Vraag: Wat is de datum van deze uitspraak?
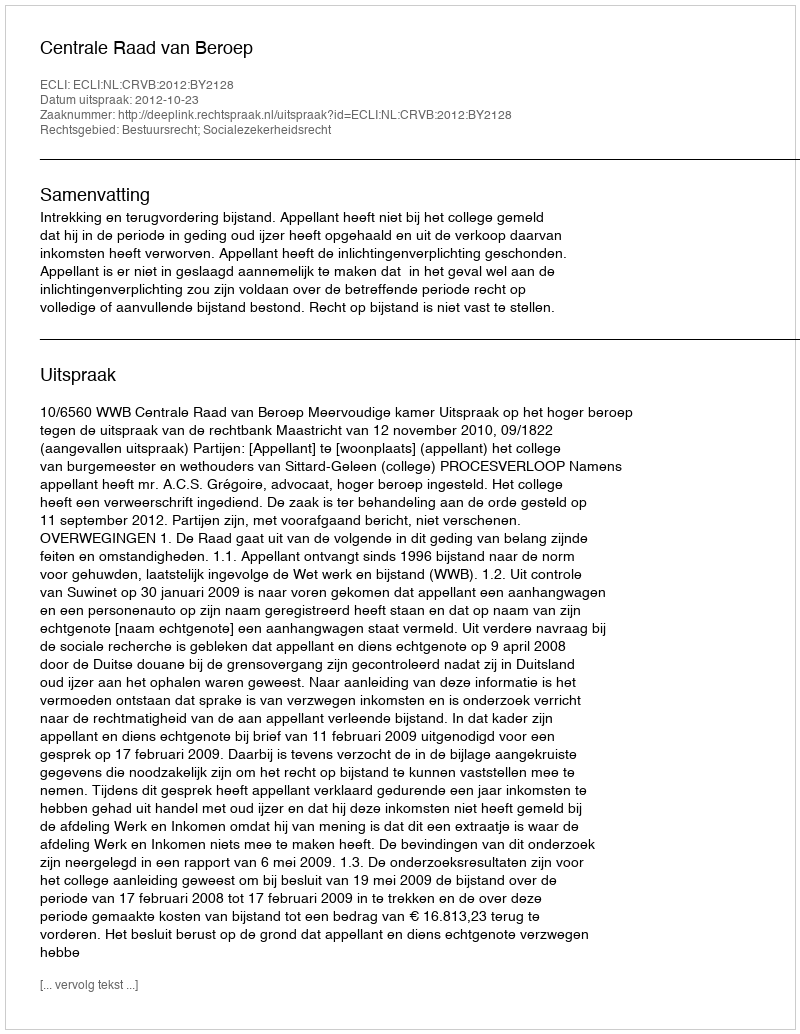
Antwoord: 2012-10-23